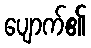
ပျောက်၏